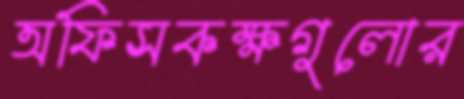
অফিসকক্ষগুলোর